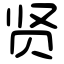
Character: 贤